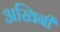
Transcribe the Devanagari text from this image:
अखिनी